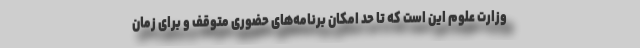
وزارت علوم این است که تا حد امکان برنامه‌های حضوری متوقف و برای زمان